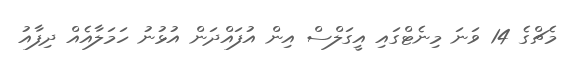
މެޗްގެ 14 ވަނަ މިނެޓްގައި އީގަލްސް އިން އުފައްދަން އުޅުނު ހަމަލާއެއް ދިފާއު